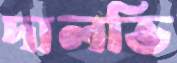
দালভি